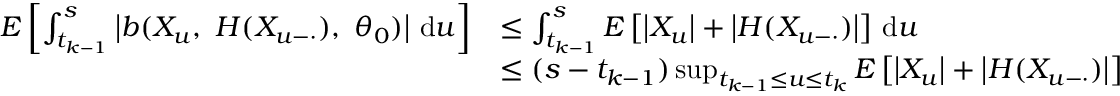
\begin{array} { r l } { E \left[ \int _ { t _ { k - 1 } } ^ { s } \left| b ( X _ { u } , ~ H ( X _ { u - \cdot } ) , ~ \theta _ { 0 } ) \right| \, \mathrm { d } u \right] } & { \leq \int _ { t _ { k - 1 } } ^ { s } E \left[ \left| X _ { u } \right| + \left| H ( X _ { u - \cdot } ) \right| \right] \, \mathrm { d } u } \\ & { \leq ( s - t _ { k - 1 } ) \operatorname* { s u p } _ { t _ { k - 1 } \leq u \leq t _ { k } } E \left[ \left| X _ { u } \right| + \left| H ( X _ { u - \cdot } ) \right| \right] } \end{array}